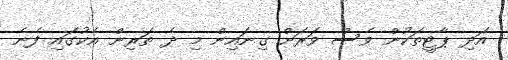
އަދި ޕާޓީތަކުން ވެސް ވަރަށް ގިނައިން މި ދެ ތަރިން އެކުގައި ފެނެ